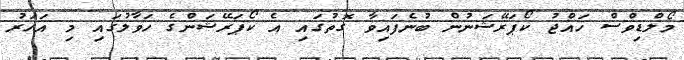
މޯލްޑިވްސް ހައްޖު ކޯޕަރޭޝަނުން ބުނެފައިވާ ގޮތުގައި އެ ކޯޕަރޭޝަންގެ ހަވާލުގައި މި އަހަރު